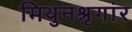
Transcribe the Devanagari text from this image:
मिथुनश्रृगांर